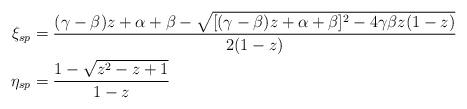
LaTeX: \begin{align*}\xi_{sp}&=\frac{(\gamma-\beta)z+\alpha+\beta- \sqrt{[(\gamma-\beta)z+\alpha+\beta]^2-4\gamma\beta z(1-z)}} {2(1-z)}\\\eta_{sp}&=\frac{1-\sqrt{z^2-z+1}}{1-z}\end{align*}